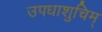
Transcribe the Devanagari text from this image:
उपधाशुचिम्